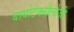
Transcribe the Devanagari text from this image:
बायोटेक्नौलौजी